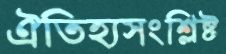
ঐতিহ্যসংশ্লিষ্ট